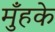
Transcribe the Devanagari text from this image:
मुँहके